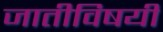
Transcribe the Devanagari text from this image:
जातीविषयीं